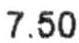
7.50